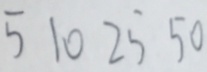
5 1 0 2 5 5 0